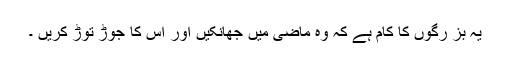
یہ بز رگوں کا کام ہے کہ وہ ماضی میں جھانکیں اور اس کا جوڑ توڑ کریں ۔